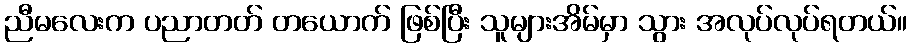
ညီမလေးက ပညာတတ် တယောက် ဖြစ်ပြီး သူများအိမ်မှာ သွား အလုပ်လုပ်ရတယ်။